NAE_ERA_R-2632_ENSV_TA_Emakeele_Selts_1945-1955, lk 17
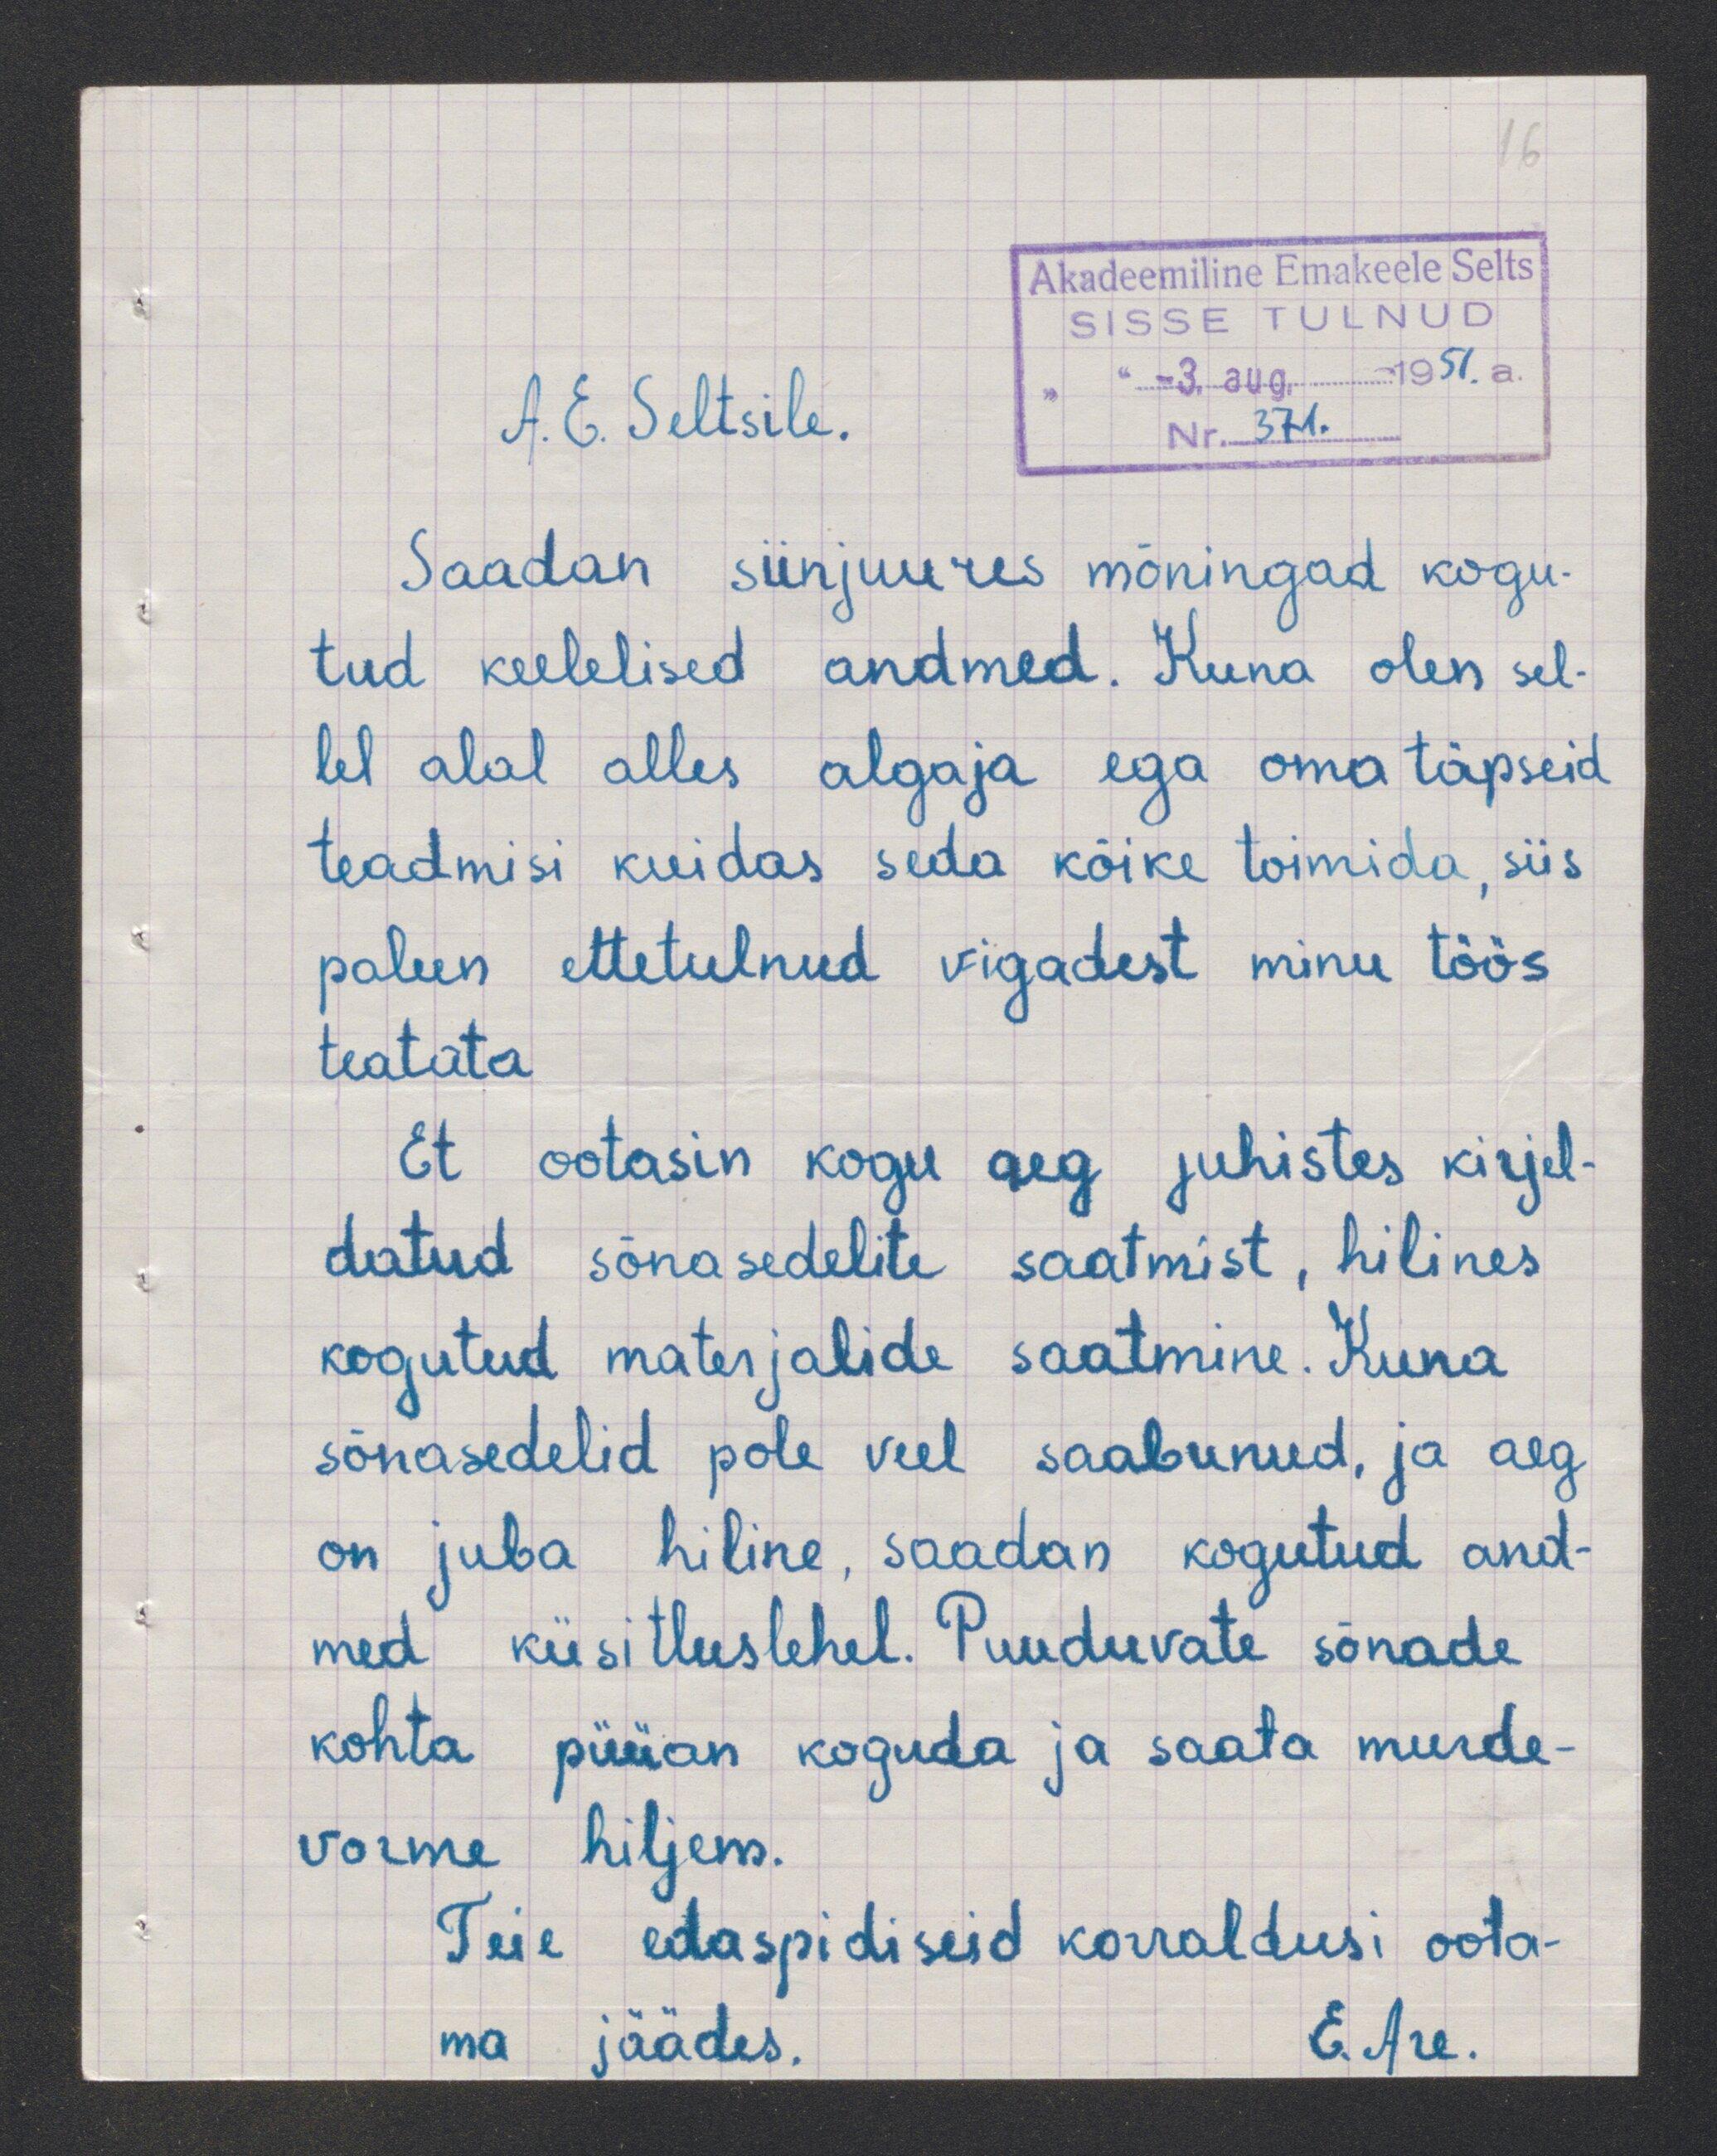
A.E. Seltsile.
Saadan siinjuures mõningad kogu
tud keelelised andmed. Kuna olen sel-
lel alal alles algaja ega oma täpseid
teadmisi kuidas seda kõike toimida, siis
palun ettetulnud vigadest minu töös
teatata
Et ootasin kogu aeg juhistes kirjel
datud sõnasedelite saatmist, hilines
kogutud materjalide saatmine. Kuna
sõnasedelid pole veel saabunud, ja aeg
on juba hiline, saadan kogutud and-
med küsitluslehel. Puuduvate sõnade
kohta puüan koguda ja saata murde
vorme hiljem.
Teie edaspidiseid korraldusi oota-
ma jäädes.
E. Are